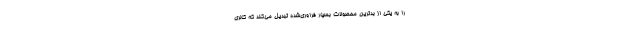
را به یکی از بدترین محصولات بسیار‌ فراوری‌شده تبدیل می‌کند که کالری